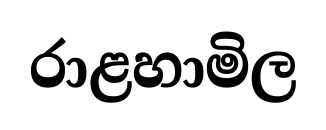
රාළහාමිල